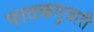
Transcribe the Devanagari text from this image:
पाठकपुजारी